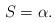
LaTeX: \begin{align*}S = \alpha.\end{align*}